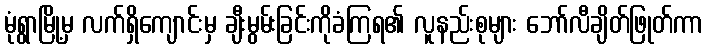
မုံရွာမြို့မှ လက်ရှိကျောင်းမှ ချီးမွမ်းခြင်းကိုခံကြရ၏ လူနည်းစုများ ဘော်လီချိတ်ဖြုတ်ကာ